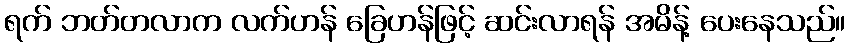
ရက် ဘတ်တလာက လက်ဟန် ခြေဟန်ဖြင့် ဆင်းလာရန် အမိန့် ပေးနေသည်။